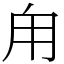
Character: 甪